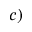
^ { c ) }